On kala azar, malaria and malarial cachexia - Number 19
Disease focus: Malaria
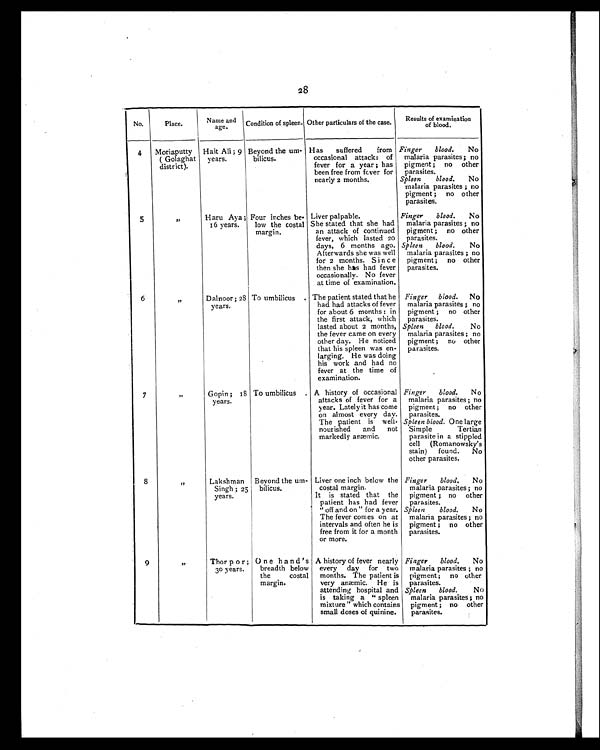
28
No.
Place.
Name and
age.
Condition of spleen. Other particulars of the case.
Results of examination
o f b l o o d .
4
Moriaputty
( Golaghat
district).
Hait Ali ; 9
years.
Beyond the um-
bilicus.
Has
suffered
from
occasional attacks of
fever for a year ; has
been free from fcver for
nearly 2 months.
Finger
blood.
No
malaria parasites; no
pigment ; no other
parasites.
Spleen
blood.
No
malaria parasites ; no
pigment ; no other
parasites.
5
,,
Haru Aya ;
16 years.
Four inches be-
low the costal
margin.
Liver palpable.
She stated that she had
an attack of continued
fever, which lasted 20
days, 6 months ago.
Afterwards she was well
for 2 months. Since
then she has had fever
occasionally. No fever
at time of examination.
Finger
blood.
No
malaria parasites ; no
pigment ; no other
parasites.
Spleen
blood.
No
malaria parasites ; no
pigment ; no other
parasites.
6
,,
Dalnoor ; 28
years.
To umbilicus. The patient stated that he
had had attacks of fever
for about 6 months : in
the first attack, which
lasted about 2 months,
the fever came on every
other day. He noticed
that his spleen was en-
larging. He was doing
his work and had no
fever at the time of
examination.
Finger blood.
No
malaria parasites ; no
pigment ; no other
parasites.
Spleen
blood.
No
malaria parasites ; no
pigment ; no other
parasites.
7
"
Gopin ; 18
years.
To umbilicus . A history of occasional
attacks of fever for a
year. Lately it has come
on almost every day.
The patient is well-
nourished
and
not
markedly anæmic.
Finger blood.
No
malaria parasites ; no
pigment ; no other
parasites.
Spleen blood. One large
Simple Tertian
parasite in a stippled
cell (Romanowsky's
stain) found. No
other parasites.
8
"
Lakshman
Singh ; 25
years.
Beyond the um-
bilicus.
Liver one inch below the
costal margin.
It is stated that the
patient has had fever
" off and on" for a year.
The fever conies on at
intervals and often he is
free from it for a month
or more.
Finger blood.
No
malaria parasites ; no
pigment ; no other
parasites.
Spleen blood.
No
malaria parasites ; no
pigment ;
no other
parasites.
9
"
Thor p o r;
30 years.
One hand ' s
breadth below
the costal
margin.
A history of fever nearly
every day for two
months. The patient is
very anemic. He is
attending hospital and
is taking a " spleen
mixture" which contains
small doses of quinine.
Finger blood.
No
malaria parasites ; no
pigment ; no other
parasites.
Spleen blood.
No
malaria parasites ; no
pigment ; no other
parasites.